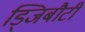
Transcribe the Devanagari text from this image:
ड्जिबौटी